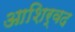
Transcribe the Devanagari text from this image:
आशिर्वद